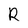
Character: R